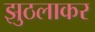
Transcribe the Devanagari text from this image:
झुठलाकर